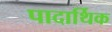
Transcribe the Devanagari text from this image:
पादार्थिक